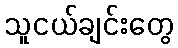
သူငယ်ချင်းတွေ